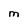
Character: M